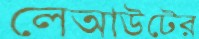
লেআউটের